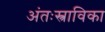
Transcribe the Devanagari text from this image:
अंतःस्त्राविका